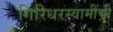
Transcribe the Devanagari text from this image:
गिरिधरस्वामींची